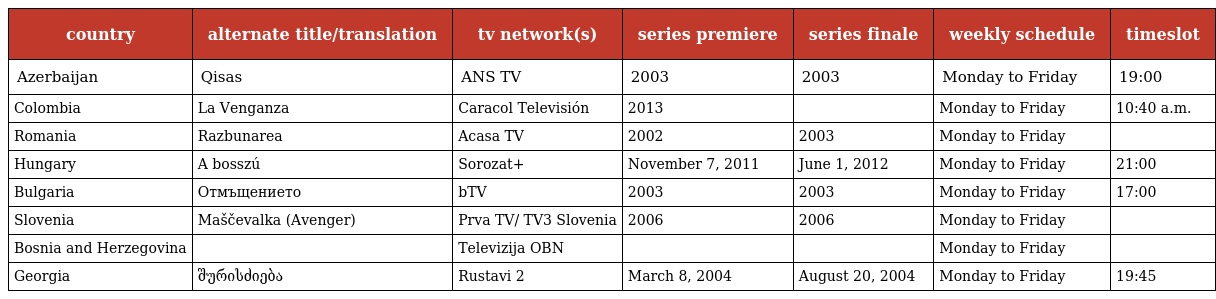
| country | alternate title/translation | tv network(s) | series premiere | series finale | weekly schedule | timeslot |
 | --- | --- | --- | --- | --- | --- | --- |
 | Azerbaijan | Qisas | ANS TV | 2003 | 2003 | Monday to Friday | 19:00 |
 | Colombia | La Venganza | Caracol Televisión | 2013 |  | Monday to Friday | 10:40 a.m. |
 | Romania | Razbunarea | Acasa TV | 2002 | 2003 | Monday to Friday |  |
 | Hungary | A bosszú | Sorozat+ | November 7, 2011 | June 1, 2012 | Monday to Friday | 21:00 |
 | Bulgaria | Отмъщението | bTV | 2003 | 2003 | Monday to Friday | 17:00 |
 | Slovenia | Maščevalka (Avenger) | Prva TV/ TV3 Slovenia | 2006 | 2006 | Monday to Friday |  |
 | Bosnia and Herzegovina |  | Televizija OBN |  |  | Monday to Friday |  |
 | Georgia | შურისძიება | Rustavi 2 | March 8, 2004 | August 20, 2004 | Monday to Friday | 19:45 |